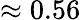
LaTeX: \approx 0.56